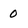
Character: 0